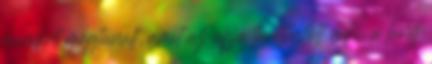
mindent megtanult, amit az apja taníthatott neki, a lány